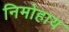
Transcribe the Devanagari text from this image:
निमोहाय